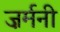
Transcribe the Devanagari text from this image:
ज़र्मनी